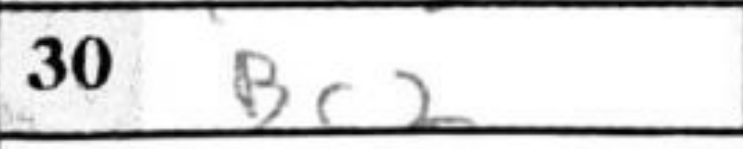
Transcription: Bc2